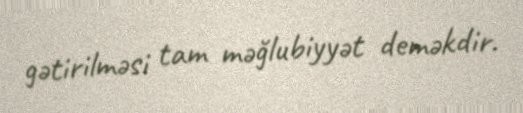
gətirilməsi tam məğlubiyyət deməkdir.